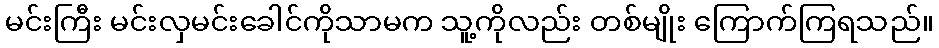
မင်းကြီး မင်းလှမင်းခေါင်ကိုသာမက သူ့ကိုလည်း တစ်မျိုး ကြောက်ကြရသည်။